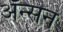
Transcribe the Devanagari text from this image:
अॅन्सन